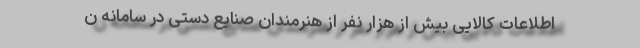
اطلاعات کالایی بیش از هزار نفر از هنرمندان صنایع دستی در سامانه ن